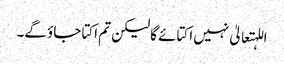
اللہتعالیٰ نہیں اکتائے گا لیکن تم اکتا جاؤ گے۔